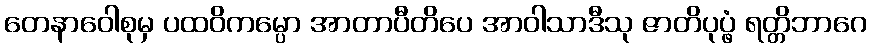
တေနာဝေါစုမှ ပထဝိကမ္ပော အာတာပီတိပေ အာဝါသာဒီသု ဇာတိပုပ္ဖံ ရတ္တိဘာဂေ